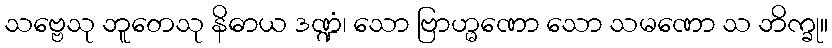
သဗ္ဗေသု ဘူတေသု နိဓာယ ဒဏ္ဍံ၊ သော ဗြာဟ္မဏော သော သမဏော သ ဘိက္ခု။